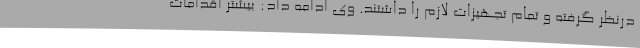
درنظر گرفته و تمام تجهیزات لازم را داشتند. وی ادامه داد: بیشتر اقدامات